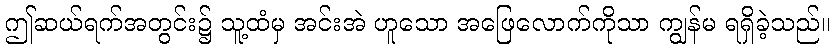
ဤဆယ်ရက်အတွင်း၌ သူ့ထံမှ အင်းအဲ ဟူသော အဖြေလောက်ကိုသာ ကျွန်မ ရရှိခဲ့သည်။